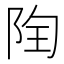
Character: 𨹋